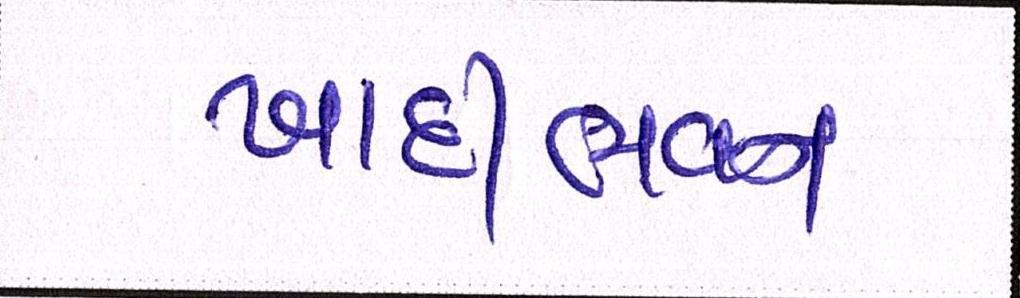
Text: ખાદીભવન